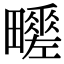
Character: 𤳶